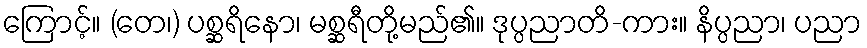
ကြောင့်။ (တေ၊) ပစ္ဆရိနော၊ မစ္ဆရီတို့မည်၏။ ဒုပ္ပညာတိ-ကား။ နိပ္ပညာ၊ ပညာ